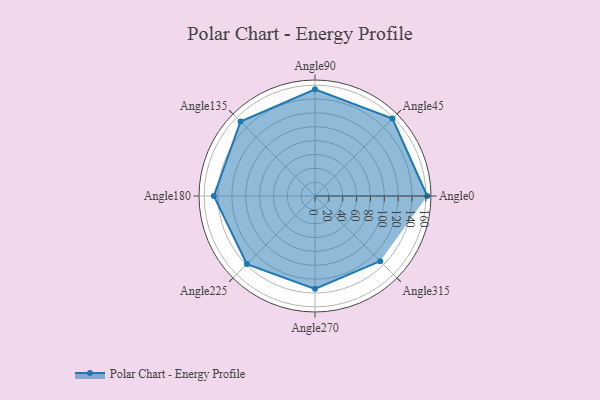
{"axis": {"x": "Angle", "y": "Radius"}, "legend": [""], "data": [{"x": "Angle0", "y": 162.0, "type": ""}, {"x": "Angle45", "y": 158.0, "type": ""}, {"x": "Angle90", "y": 154.0, "type": ""}, {"x": "Angle135", "y": 152.0, "type": ""}, {"x": "Angle180", "y": 146.0, "type": ""}, {"x": "Angle225", "y": 139.0, "type": ""}, {"x": "Angle270", "y": 134.0, "type": ""}, {"x": "Angle315", "y": 133.0, "type": ""}]}